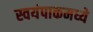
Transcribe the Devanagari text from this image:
स्वयंपाकमध्ये